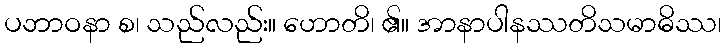
ပဘာဝနာ စ၊ သည်လည်း။ ဟောတိ၊ ၏။ အာနာပါနဿတိသမာဓိဿ၊